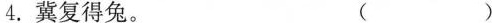
4.冀复得兔。 ()